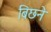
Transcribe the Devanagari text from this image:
बिछने